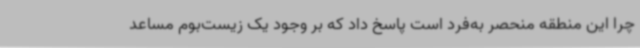
چرا این منطقه منحصر به‌فرد است پاسخ داد که بر وجود یک زیست‌بوم مساعد